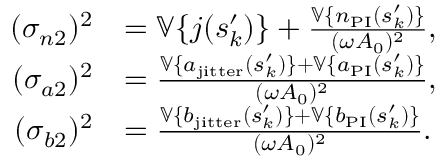
\begin{array} { r l } { ( \sigma _ { n 2 } ) ^ { 2 } } & { = \mathbb { V } \{ j ( s _ { k } ^ { \prime } ) \} + \frac { \mathbb { V } \{ n _ { \mathrm { P I } } ( s _ { k } ^ { \prime } ) \} } { ( \omega A _ { 0 } ) ^ { 2 } } , } \\ { ( \sigma _ { a 2 } ) ^ { 2 } } & { = \frac { \mathbb { V } \{ a _ { \mathrm { j i t t e r } } ( s _ { k } ^ { \prime } ) \} + \mathbb { V } \{ a _ { \mathrm { P I } } ( s _ { k } ^ { \prime } ) \} } { ( \omega A _ { 0 } ) ^ { 2 } } , } \\ { ( \sigma _ { b 2 } ) ^ { 2 } } & { = \frac { \mathbb { V } \{ b _ { \mathrm { j i t t e r } } ( s _ { k } ^ { \prime } ) \} + \mathbb { V } \{ b _ { \mathrm { P I } } ( s _ { k } ^ { \prime } ) \} } { ( \omega A _ { 0 } ) ^ { 2 } } . } \end{array}